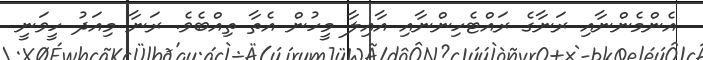
އެންމެންނާއި ރަނާގެ ރައްޓެހިންނާއި އާއިލާ މީހުން އެތާ ތިއްބެވެ. ރަނާ މިއަދު ހީވަނީ